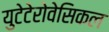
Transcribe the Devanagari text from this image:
युटेटेरोवेसिकल